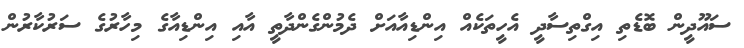
ސައޫދީން ބޮޑެތި އިގްތިސާދީ އެހީތަކެއް އިންޑިއާއަށް ދެމުންގެންދާތީ އާއި އިންޑިއާގެ މިހާރުގެ ސަރުކާރުން